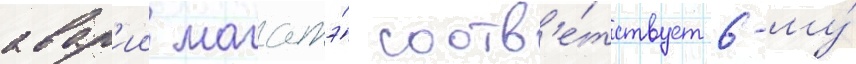
авар'ии магатэ́ соотв'е́тствует 6-му́